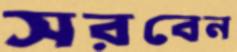
সরবেন